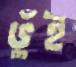
ভুঁই